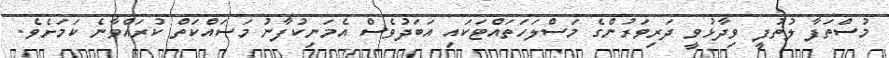
މުސްތަފާ ލުތުފީ ވިދާޅުވީ ދަރިވަރުންގެ މަސްލަހަތައްޓަކައި އަބަދުވެސް އެމަނިކުފާނު މަސައްކަތް ކުރައްވާނެ ކަމަށެވެ.